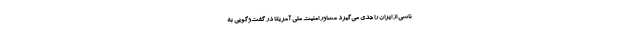
ناشی از ایران را جدی می‌گیرد مشاور امنیت ملی آمریکا در گفت‌وگویی به